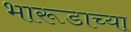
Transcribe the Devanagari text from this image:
भारूडाच्या